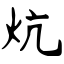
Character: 炕